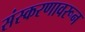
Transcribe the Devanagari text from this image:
संस्करणावरून